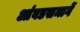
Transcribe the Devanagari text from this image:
आंबडसमार्गे